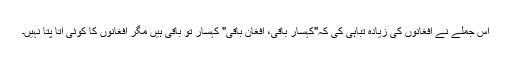
اس جملے نے افغانوں کی زیادہ تباہی کی کہ"کہسار باقی، افغان باقی" کہسار تو باقی ہیں مگر افغانوں کا کوئی اتا پتا نہیں۔